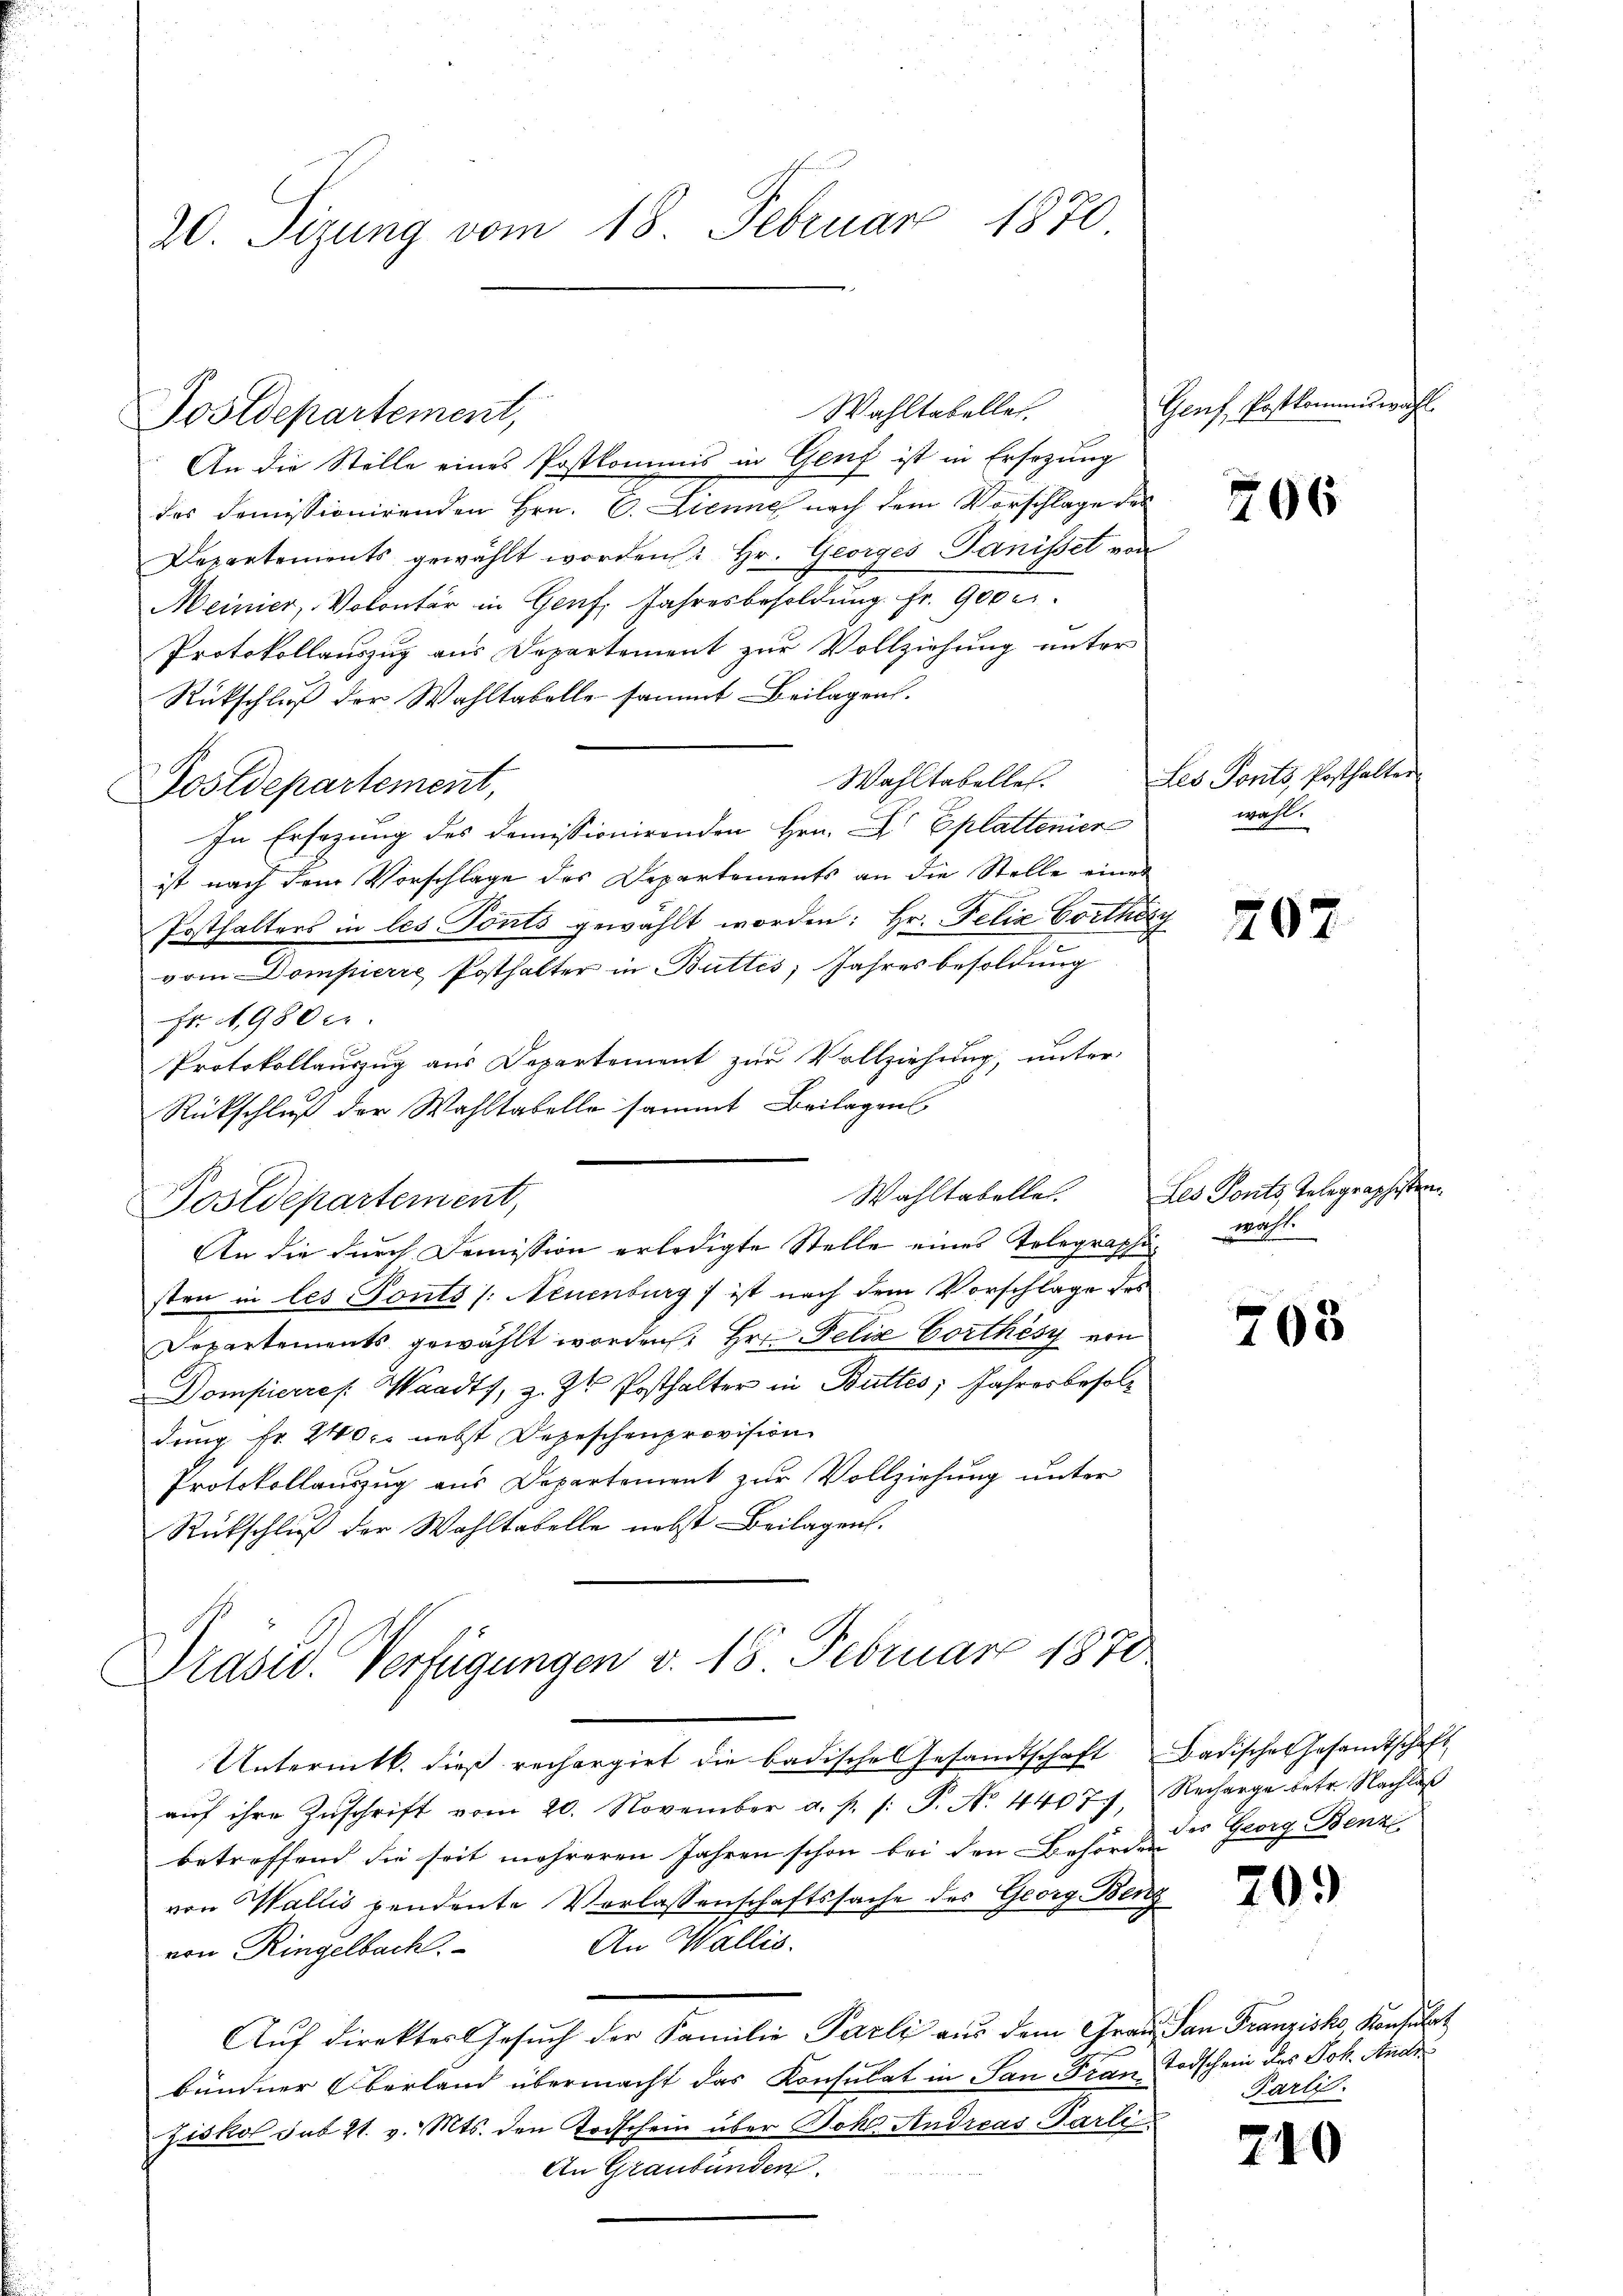
20. Sizung vom 18. Februar 1870

Fostdepartement,

An die Stelle eines Postkommis in Genf ist in Ersezung
des domissionirenden Hrn. C. Lienne nach dem Vorschlage des
Departements gewählt worden: Hr. Georges Panissel von
Meinier, Volontär in Genf, Jahresbesoldung. Fr. 900 c.
Protokollauszug aus Departement zur Vollziehung unter
Rückschluß der Wahltabelle sammt Beilagen.
Wahltabelles.
Postdepartement,
In Ersezung des Domissionirenden Hrn. F. Eplattener
ist nach dem Vorschlage des Departements an die Stelle eines
Posthalters in les Ponts gewählt worden: Hr. Felix Corthey
vom Dompierre Posthalter in Buttis Jahres besoldung
Fr. 1980 er
Protokollauszug aus Departement zur Vollziehung, unter
Rückschluß der Wahltabelle sammt Beilagen
Wahltabelle
Postdepartement,
An die durch Demission erledigte Stelle eines Telegraphisten in les Ponts /: Neuenburg ) ist nach dem Vorschlage des
Departements gewählt worden Hrn. Felix Corthes von
Dompierres Waadt, z. Zt. Posthalter in Butter; Jahresbesoldung fr. 240 f. nebst Depeschenprovision
Protokollauszug aus Departement zur Vollziehung unter
Rückschluß der Wohltabelle nebst Beilagen.

Wahltabelle.

Präsid. Verfügungen v. 18 Februar 1870

Untermtk. dies rechargirt die badische Gesandtschaft Badisches Gesandtschaft
aŭf ihre Zŭschrift vom 20. November a. p. s. S. No. 4407, Recharge betr. Nachlaß
betreffend die seit mehreren Jahren schon bei den Behörden
von Wallis pendente Verlassenschaftssache des Georg Benz
An Wallis.
von Ringelbach.
Aŭf direkter Gesŭch der Familie Parli aŭs dem Graŭ San Franziska Konsulat
bündner Oberland übermacht das Konsulat in San Frau Todschein des Joh. Andr
Ziskol sub 21. v. Mts. den Todschein über Dokt Andreas Parti
An Graubünden.

Genf, Erstkommiswahl

206

Les Ponts, Posthalter
wahl.

207

Les Ponts, Telegraphisten.
wahl.

705

der Georg Benz

209

Parli.

2

4